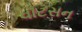
વૉટસન